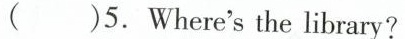
( )5.Where'sthe library?